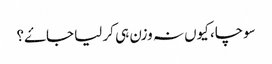
سوچا، کیوں نہ وزن ہی کر لیا جاۓ؟